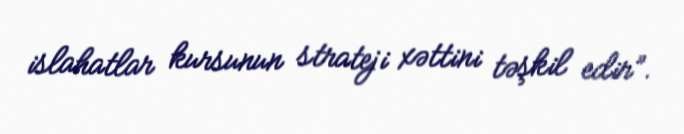
islahatlar kursunun strateji xəttini təşkil edir”.